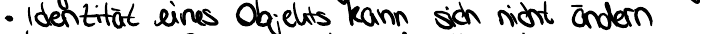
Identität eines Objekts kann sich nicht ändern